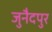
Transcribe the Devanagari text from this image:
जुनैदपुर